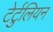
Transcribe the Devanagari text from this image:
टेर्टुलियन